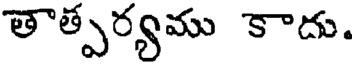
తాత్పర్యము కాదు.